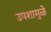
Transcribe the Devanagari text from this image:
उपशामुळे